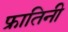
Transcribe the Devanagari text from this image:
फ्रातिनी